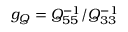
g _ { Q } = Q _ { 5 5 } ^ { - 1 } / Q _ { 3 3 } ^ { - 1 }